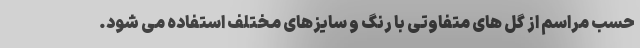
حسب مراسم از گل های متفاوتی با رنگ و سایزهای مختلف استفاده می شود.